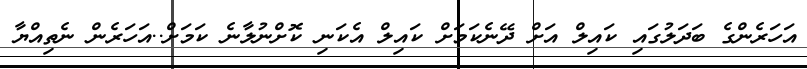
އަހަރެންގެ ބަދަލުގައި ކައިލް އަށް ދޭނެކަމަށް ކައިލް އެކަނި ކޮށްނުލާނެ ކަމަށް..އަހަރެން ނެތިއްޔާ